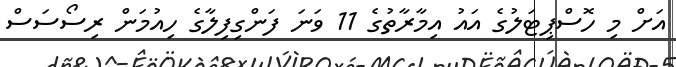
އަށް މި ހޮސްޕިޓަލުގެ އައު އިމާރާތުގެ 11 ވަނަ ފަންގިިފިލާގެ ހިއުމަން ރިސޯސަސް